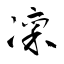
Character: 凜